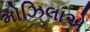
મોઝિલાએ